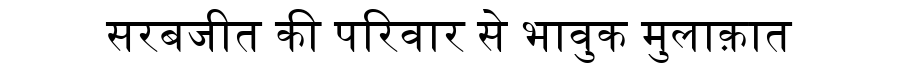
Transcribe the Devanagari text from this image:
सरबजीत की परिवार से भावुक मुलाक़ात